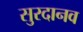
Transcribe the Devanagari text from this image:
सुरदानव